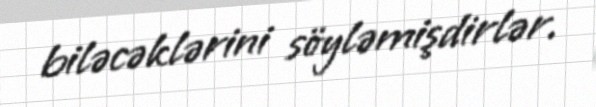
biləcəklərini söyləmişdirlər.